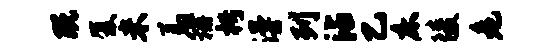
既厦米羞栅枵漫列沾乙床陵危